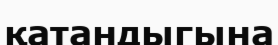
қатандыгына